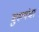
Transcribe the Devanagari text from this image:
बुख्यंचा